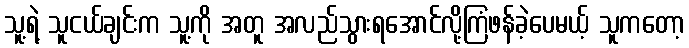
သူ့ရဲ့ သူငယ်ချင်းက သူ့ကို အတူ အလည်သွားရအောင်လို့ကြံဖန်ခဲ့ပေမယ့် သူကတော့